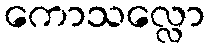
ကောသလ္လော